Vital statistics of India. Vol. IV, Annual returns from 1871 to 1876. British Army of India, Native Army and jails of Bengal
Year: 1871
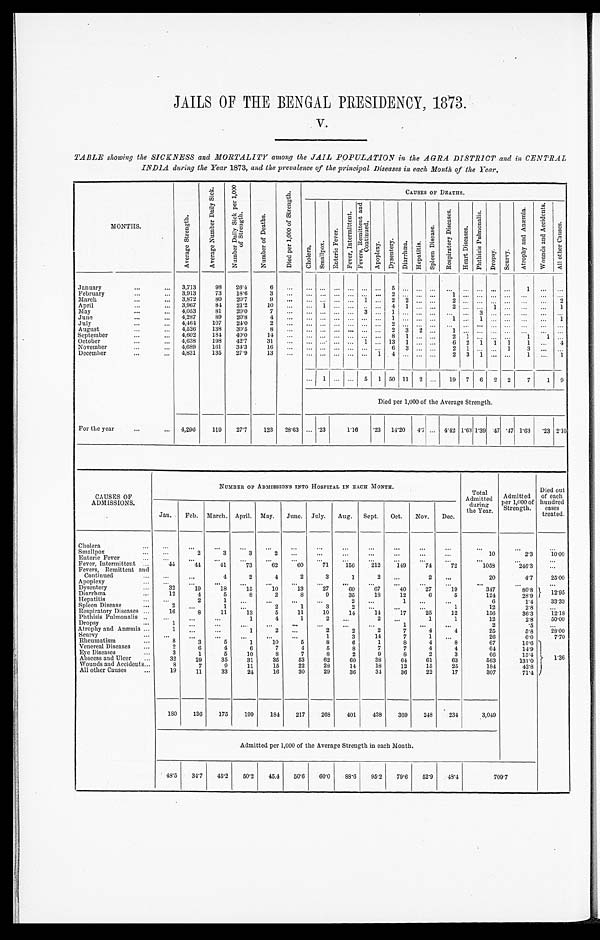
JAILS OF THE BENGAL PRESIDENCY, 1873.
V.
TABLE showing the SICKNESS and MORTALITY among the JAIL POPULATION in the AGRA DISTRICT and in CENTRAL
INDIA during the Year 1873 , and the prevalence of the principal Diseases in each Month of the Year.
MONTHS.
A v e r a g e S t r e n g t h .
A v e r a g e N u m b e r D a i l y S i c k .
N u m b e r D a i l y S i c k p e r 1 , 0 0 0 o f S t r e n g t h .
N u m b e r o f D e a t h s .
D i e d p e r 1 , 0 0 0 o f S t r e n g t h .
CAUSES OF DEATHS.
Chol era.
S m a l l p o x .
E n t e r i e F e v e r .
F e v e r , I n t e r mi t t e n t .
F e v e r s , R e m i t t e n t a n d C o n t i n u e d .
A p o p l e x y .
D y s e n t e r y .
D i a r r h œ a .
H e p a t i t i s .
S p l e e n D i s e a s e .
R e s p i r a t o r y D i s e a s e s .
H e a r t D i s e a s e s .
P h t h i s i s P u l m o n a l i s .
Dropsy. Scurvy.
A t r o p h y a n d A n m i a .
W o u n d s a n d A c c i d e n t s .
A l l o t h e r C a u s e s .
January ...
3,713
98
26.4
6
...
...
. . .
. . .
...
. . .
. . . 5
. . .
. . .
. . .
. . .
. . .
...
...
...
1
...
. . .
February ...
3,913
73
18.6
3
... ...
. . .
. . ....
. . .
. . .
2
. . .
. . .
. . .
1
. . . ...
... ...
...
...
. . .
March ...
3,872
80
20.7
9
... ...
. . .
. . ....
1
. . .
2
2
. . .
. . .
2
. . ....
...
...
...
...
2
April ...
3,967
84
21.2
1 0
... ...
1
. . ....
. . .
. . .
4
1
. . .
. . .
2
. . ....
1
...
...
...
1
May ...
4,053
81
20.0
7
... ...
. . .
. . ....
3
. . . 1
. . .
. . .
. . .
. . .
. . . 3
...
...
...
...
. . .
June ...
4,287
89
20.8
4
... ...
. . .
. . ....
. . .
. . .
1
. . .
. . .
. . .
1
. . .
1 ...
...
...
...
1
July ...
4,464
107
24.0
2
... ...
. . .
. . ....
. . .
. . .
2
. . .
. . .
. . .
. . .
. . . ... ...
...
...
...
. . .
August ...
4,526
138
30.5
8
... ...
. . .
. . ....
. . .
. . .
2
3
2
. . .
1
. . ....
...
...
...
...
. . .
September . . .
4,602
184
40.0
14
. . . ...
. . .
. . ....
. . .
. . . 8
1
. . .
. . .
2
1 ...
...
...
1
1
. . .
October ...
4,638
198
42.7
31
... ...
. . .
. . ....
1
. . . 13
1
. . .
. . .
6
2
1
1
1
1
...
4
November ...
4,689
161
34.3
16
...
...
. . .
. . . ...
. . .
. . .
6
3
. . .
. . .
2
1
. . ....
1
3
. . .
. . .
December ...
4,831
135
27.9
13
... ...
. . .
. . . ...
. . .
1
4
. . .
. . .
. . .
2
3
1 ...
...
1
. . .
1
...
1
. . . ...
5
1 50 11
2
. . .
19
7
6
2
2
7
1
9
Died per 1,000 of the Average Strength.
For the year ...
4,296
119
27.7
123
28.63 ... .23
1.16
.23
14.20
4.7
. . . 4.42 1.63 1.39 .47 .47 1.63
. 23 2.10
CAUSES OF
ADMISSIONS.
NUMBER OF ADMISSIONS INTO HOSPITAL IN EACH MONTH.
Total
Admitted
during
the Year.
Admitted
per 1,000 of
Strength.
Died out
of each
hundred
cases
treated.
Jan.
Feb.
March. April.
May.
June.
July.
Aug.
Sept.
Oct.
Nov.
Dec.
Cholera ...
. . .
. . .
. . .
. . .
. . .
. . .
. . .
. . .
. . .
. . .
. . .
. . .
. . .
. . .
. . .
Smallpox ...
. . .
2
3
3
2
. . .
. . .
. . .
. . .
. . .
. . .
. . .
10
2 . 3
10.00
Enteric Fever ...
. . .
. . .
. . .
. . .
. . .
. . .
. . .
. . .
. . .
. . .
. . .
. . .
. . .
. . .
. . .
Fever, Intermittent ...
44
44
41
73
62
60
71
156
212
149
74
72
1058
246.3
. . .
Fevers, Remittent and
Continued ...
. . .
. . .
4
2
4
2
3
1
2
. . .
2
. . .
20
4.7
25.00
Apoplexy ...
. . .
. . .
. . .
. . .
. . .
. . .
. . .
. . .
. . .
. . .
. . .
. . .
. . .
. . .
. . .
Dysentery ...
32
19
18
15
10
13
27
60
67
40
27
19
347
80.8
12.95
Diarrhœa ...
12
4
5
8
2
8
9
35
18
12
6
5
124
28.9
Hepatitis ...
. . .
2
1
. . .
. . .
. . .
. . .
2
. . .
1
. . .
. . .
6
1.4
33.33
Spleen Disease ...
2
. . .
1
. . .
2
1
3
2
. . .
. . .
. . .
1
12
2 . 8
. . .
Respiratory Diseases ...
16
8
11
13
5
11
10
14
14
17
25
12
156
3 6 . 3
12.18
Phthisis Pulmonalis ...
. . .
. . .
. . .
1
4
1
2
. . .
2
. . .
1
1
12
2.8
50.00
Dropsy ...
1
. . .
. . .
. . .
. . .
. . .
. . .
. . .
. . .
1
. . .
. . .
2
.5
. . .
Atrophy and Anæmia ...
1
. . .
. . .
1
2
. . .
2
2
2
7
4
4
25
5.8
2 8 . 0 0
Scurvy ...
. . .
. . .
. . .
. . .
. . .
. . .
1
3
14
7
1
. . .
26
6.0
7.70
Rheumatism ...
8
3
5
1
10
5
8
6
1
8
4
8
67
15.6
1.36
Venereal Diseases ...
2
6
4
6
7
4
5
8
7
7
4
4
64
14.9
Eye Diseases ...
3
1
5
10
8
7
8
2
9
8
2
3
66
15.4
Abscess and Ulcer ...
32
29
35
31
35
53
62
60
38
64
61
63
563
131.0
Wounds and Accidents ...
8
7
9
11
15
22
28
14
18
12
15
25
184
42.8
All other Causes ...
19
11
33
24
16
30
29
36
34
36
22
17
307
71.4
180
136
175
199
184
217
268
401
438
369
248
234
3,049
Admitted per 1,000 of the Average Strength in each Month.
48.5
34.7
45.2
50.2
45.4
50.6
60.0
88.6
95.2
79.6
52.9
48.4
709.7